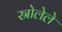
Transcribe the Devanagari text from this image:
स्रोलेले